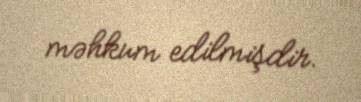
məhkum edilmişdir.